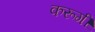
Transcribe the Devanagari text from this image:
करूगीं